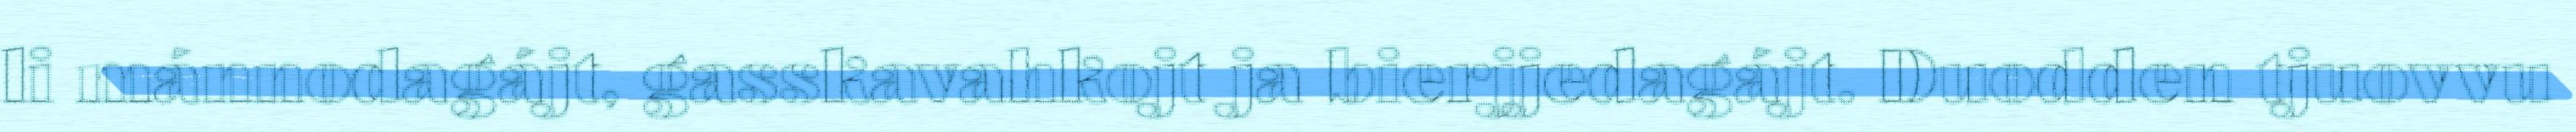
li mánnodagájt, gasskavahkojt ja bierjjedagájt. Duodden tjuovvu